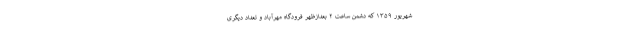
شهریور ۱۳۵۹ که دشمن ساعت ۲ بعدازظهر فرودگاه مهرآباد و تعداد دیگری